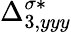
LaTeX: {\Delta}_{3,yyy}^{\sigma*}